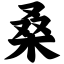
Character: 桑